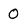
Character: 0